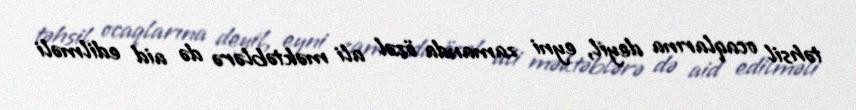
təhsil ocaqlarına deyil, eyni zamanda özəl ali məktəblərə də aid edilməli